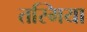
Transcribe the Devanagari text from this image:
तस्मिया